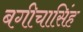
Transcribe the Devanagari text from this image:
बगीचासिंह